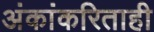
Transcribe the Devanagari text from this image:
अंकांकरिताही